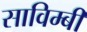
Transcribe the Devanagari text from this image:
साविम्बी